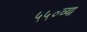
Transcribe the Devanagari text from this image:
५५०व्या